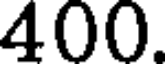
400.